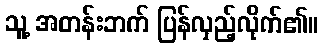
သူ့ အတန်းဘက် ပြန်လှည့်လိုက်၏။